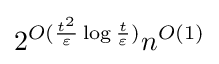
2^{O({\frac {t^{2}}{\varepsilon }}\log {\frac {t}{\varepsilon }})}n^{O(1)}